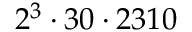
2 ^ { 3 } \cdot 3 0 \cdot 2 3 1 0